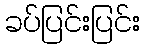
ခပ်ပြင်းပြင်း